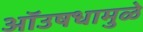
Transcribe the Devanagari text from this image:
ऑउषधामुळे